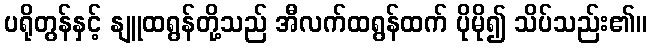
ပရိုတွန်နှင့် နျူထရွန်တို့သည် အီလက်ထရွန်ထက် ပိုမို၍ သိပ်သည်း၏။